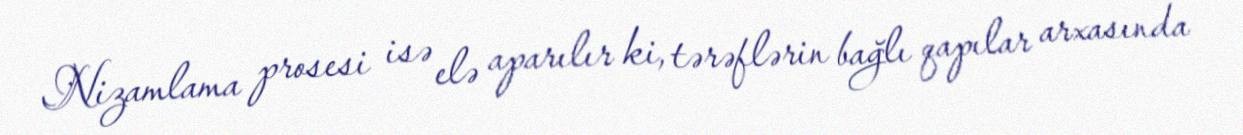
Nizamlama prosesi isə elə aparılır ki, tərəflərin bağlı qapılar arxasında